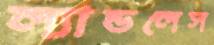
ল্যান্ডলেস